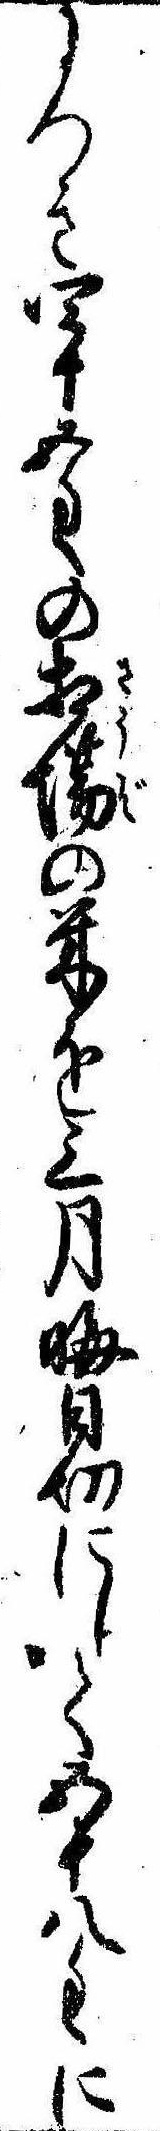
につき四十五匁の相場の米を三月晦日切にして五十八匁に